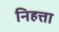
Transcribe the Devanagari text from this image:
निहत्ता